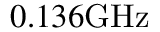
0 . 1 3 6 \mathrm { G H z }